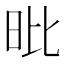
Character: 𣅪